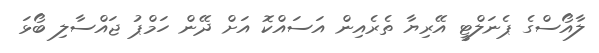
ލާއޯސްގެ ޕެނަލްޓީ އޭރިޔާ ތެރެއިން އަސައްކޮ އަށް ދޭން ހަމްޕު ޖައްސާލި ބޯޅަ